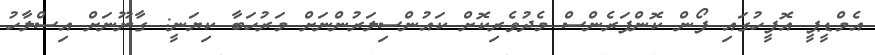
އެމްޑީޕީ އޮފީހުގައި ފޯން ކޮންފަރެންސް މެދުވެރިކޮށް ކައުންސިލަރުންނަށް މަރުހަބާ ކިޔަނީ: ގާނޫނަށް އިސްލާހު